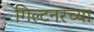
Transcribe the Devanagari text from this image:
गिल्टनरच्या